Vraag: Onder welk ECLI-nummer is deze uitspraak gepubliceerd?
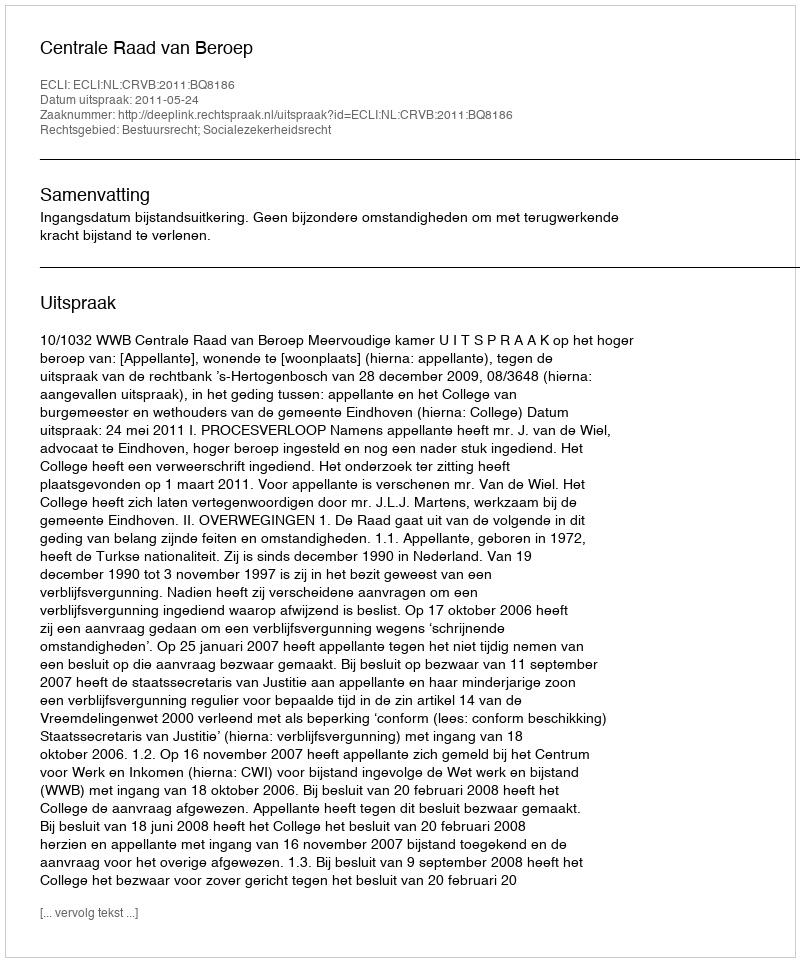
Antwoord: ECLI:NL:CRVB:2011:BQ8186